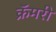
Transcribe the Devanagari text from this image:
क्रॅमरी